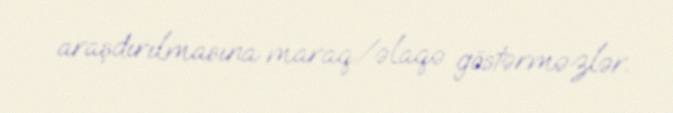
araşdırılmasına maraq/əlaqə göstərməzlər.